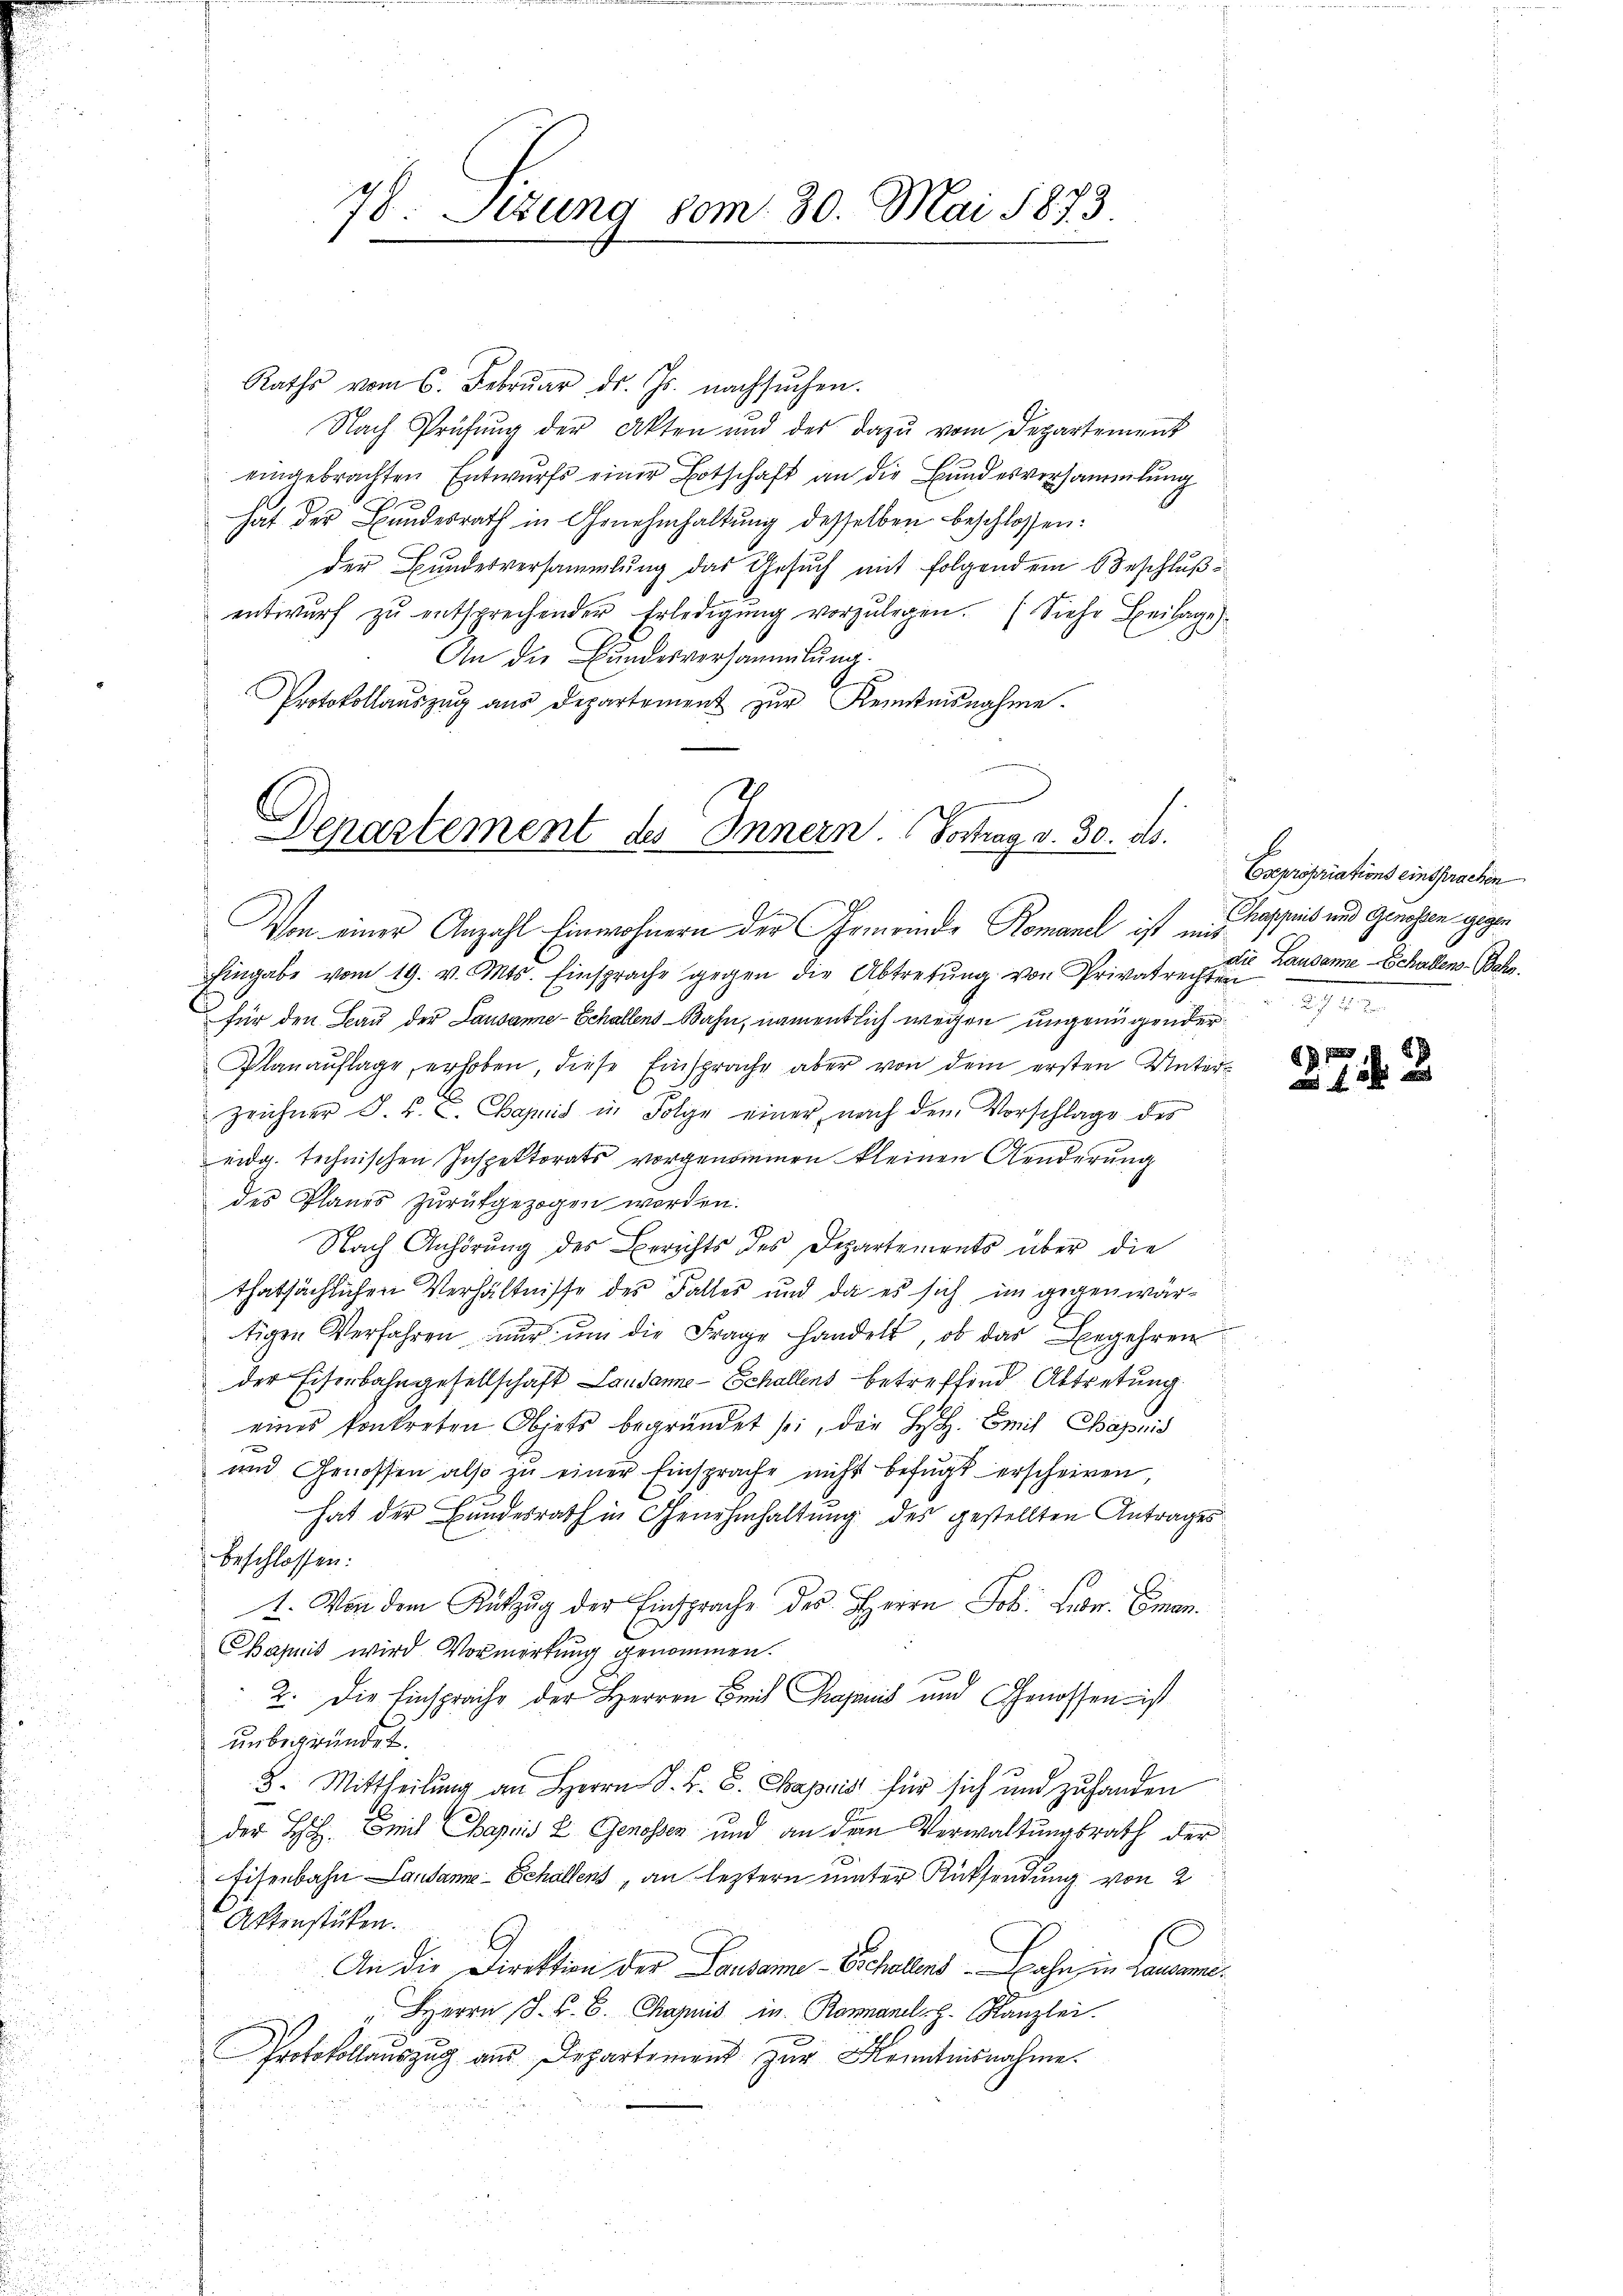
78. Setzung 80m. 30. Mai 1873.

Raths vom 6. Febrŭar d. Js. nachsŭchen.
Nach Prüfŭng der Akten und des dazu vom Departement
eingebrachten Entwurfs einer Botschaft an die Bundesversammlung
hat der Bundesrath in Genehmhaltŭng desselben beschlossen:
der Bundesversammlung das Gesuch mit folgendem Beschluß
entwŭrf zŭ entsprechender Erledigŭng vorzŭlegen. (Siehe Beilage).
An die Bundesversammlung.
Protokollauszug aus Departement zur Kenntnisnahme.

Denartement des Innern. Vortrag v. 30. ds.
Von einer Anzahl Einwohnern der Gemeinde Romanek ist mit Kaspeis und Genossen gegen

Eingabe vom 19. v. Mts. Einsprache gegen die Abtretŭng von Privatre die Lausanne - Schallens-Beho
für den Bau der Lausanne-Echallens Bahn, namentlich wegen ungenügender
Planaŭflage erhoben, diese Einsprache aber von dem ersten Unter-
Zeichner J. J. C. Camis in Folge einer nach dem Vorschlage des
eidg. technischen Inspektorats vorgenommen kleinen Aenderung
des Planes zurückgezogen worden.
Nach Anhörung des Berichts des Departements über die
thatsächlichen Verhältnisse des Falles und da es sich im gegenwärtigen Verfahren nŭr ŭm die Frage handelt, ob das Begehren
der Eiserbahngesellschaft Lausanne - Schallens betreffend Abtretung.
eines konkreten Objets begründet sei, die H. Emil Bazenis
und Genossen also zŭ einer Einsprache nicht befugt erscheinen,
hat der Bundesrath in Genehmhaltung des gestellten Antrages
beschlossen:
1. Von dem Rückzŭg der Einsprache des Herrn Joh. Lion. Eman¬
Chapnis wird Vormerkung genommen.
2. Die Einsprache der Herren Bei Prajanis und Genossen ist
unbegründet.
3. Mittheilung an Herrn J. H. B. Bapuis für sich und zuhanden
der Hch. Zeit Papris L. Genossen und an den Verwaltungsrath der
Eisenbahn Lausanne - Schallens, an leztern unter Rücksendung von 2
Attenstüken.
An die Direktion der Lausame Echalend Bahn in Lausam¬
Herrn J. P. C. Chapuis in Romanelh. Kanzlei.
Protokollauszug aus Departement zur Kenntnisnahme.

Expropriations einsprachen

881
2